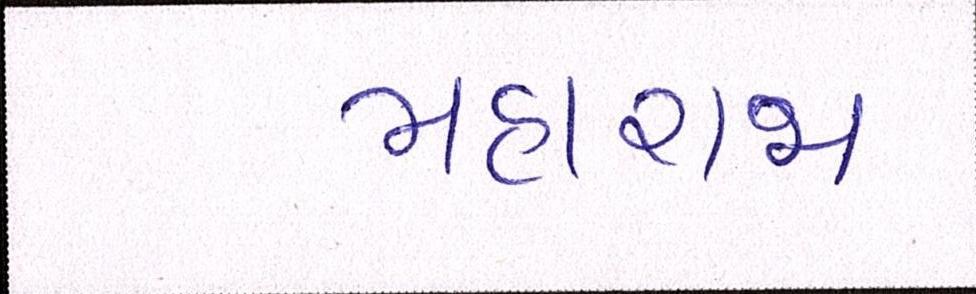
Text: મહારાજા